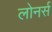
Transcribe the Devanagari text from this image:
लोनर्स